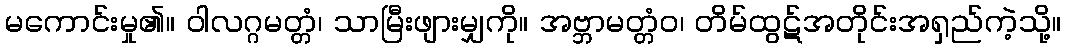
မကောင်းမှု၏။ ဝါလဂ္ဂမတ္တံ၊ သာမြီးဖျားမျှကို။ အဗ္ဘာမတ္တံဝ၊ တိမ်ထွဋ်အတိုင်းအရှည်ကဲ့သို့။